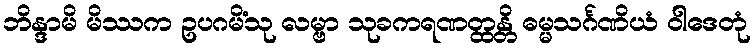
ဘိန္ဒာမိ မိဿက ဥပဂမိံသု လမ္ဗာ သုခကရဏတ္ထန္တိ ဓမ္မသင်္ဂဏိယံ ဝါဒေတုံ